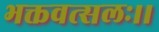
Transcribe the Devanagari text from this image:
भक्तवत्सलः।।